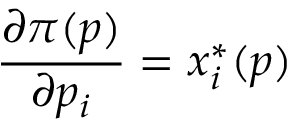
{ \frac { \partial \pi ( p ) } { \partial p _ { i } } } = x _ { i } ^ { \ast } ( p )